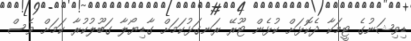
ޑިވިޝަނުގެ ޓީމަކާ ދެކޮޅަށް ކުޅެން ޓޫރޭ ރަނގަޅުކަމަށް ގާޑިޔޯލާ ގަބޫލުކުރާ ކަމަށް ވެސް